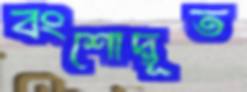
বংশোদ্ভূত